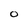
Character: 0